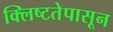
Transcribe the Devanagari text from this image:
क्लिष्टतेपासून